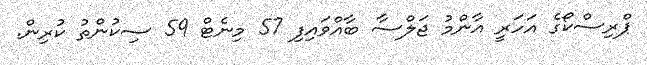
ޕްރިސްކޯގެ އަހަރީ އާންމު ޖަލްސާ ބާއްވައިފި 57 މިނެޓް 59 ސިކުންތު ކުރިން.